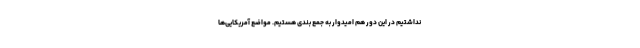
نداشتیم در این دور هم امیدوار به جمع بندی هستیم. مواضع آمریکایی‌ها